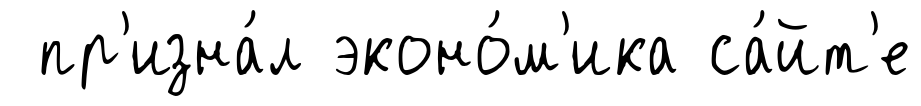
пр'изна́л эконо́м'ика са́йт'е